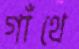
গাঁথে